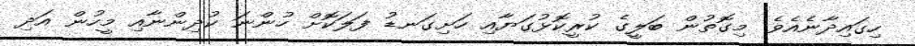
ހިގައިދާނެއެވެ. މިގޮތުން ބަލީގެ ކުރީކޮޅުގަޔާއި ހަށިގަނޑު ފަލަކޮށް ހުންނަ ކުދިންނާއި މީހުން އަދި